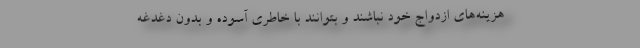
هزينه‌هاي ازدواج خود نباشند و بتوانند با خاطري آسوده و بدون دغدغه